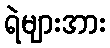
ရဲများအား